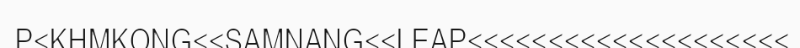
P<KHMKONG<<SAMNANG<<LEAP<<<<<<<<<<<<<<<<<<<<